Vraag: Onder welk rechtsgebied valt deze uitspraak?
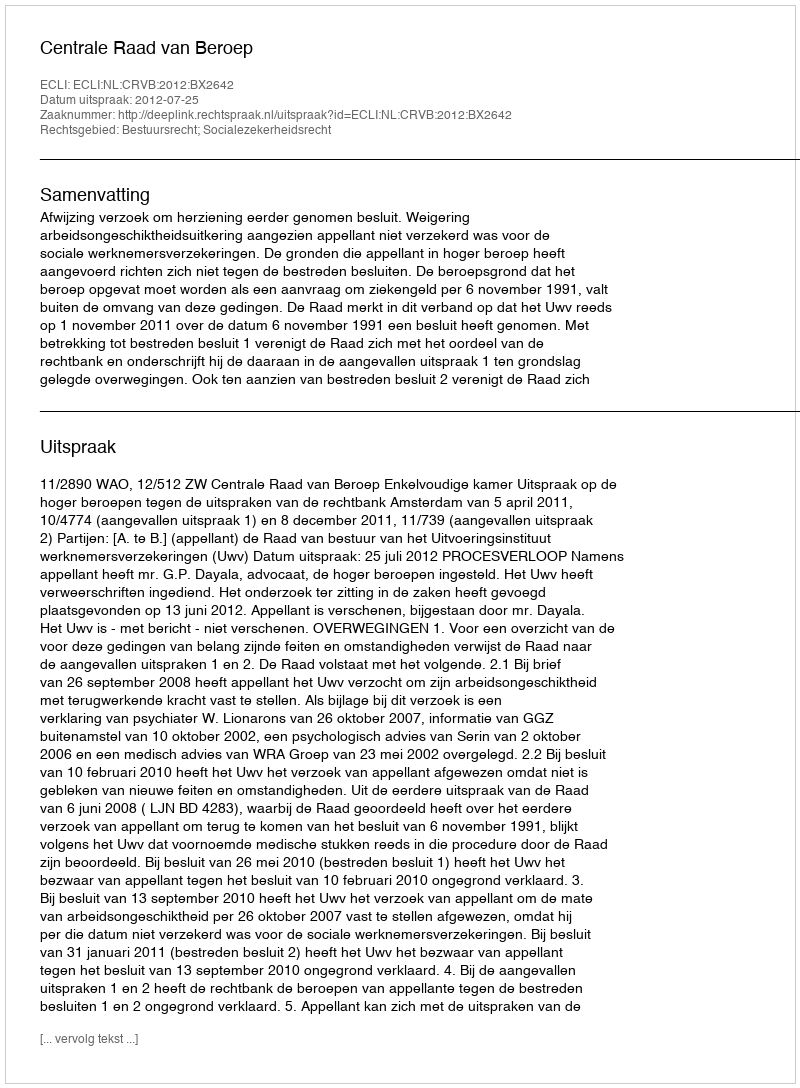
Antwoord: Bestuursrecht; Socialezekerheidsrecht